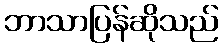
ဘာသာပြန်ဆိုသည်